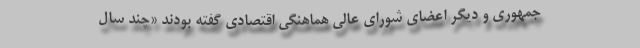
جمهوری و دیگر اعضای شورای عالی هماهنگی اقتصادی گفته بودند «چند سال